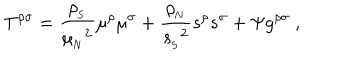
T ^ { \rho \sigma } = { \frac { \rho _ { _ \mathrm { S } } } { { \mu _ { _ \mathrm { N } } } ^ { 2 } } } \mu ^ { \rho } \mu ^ { \sigma } + { \frac { \rho _ { _ \mathrm { N } } } { { s _ { _ \mathrm { S } } } ^ { 2 } } } s ^ { \rho } s ^ { \sigma } + \Psi g ^ { \rho \sigma } \ ,